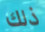
ذلك